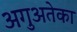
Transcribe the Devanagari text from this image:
अगुअतेका